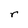
Character: r